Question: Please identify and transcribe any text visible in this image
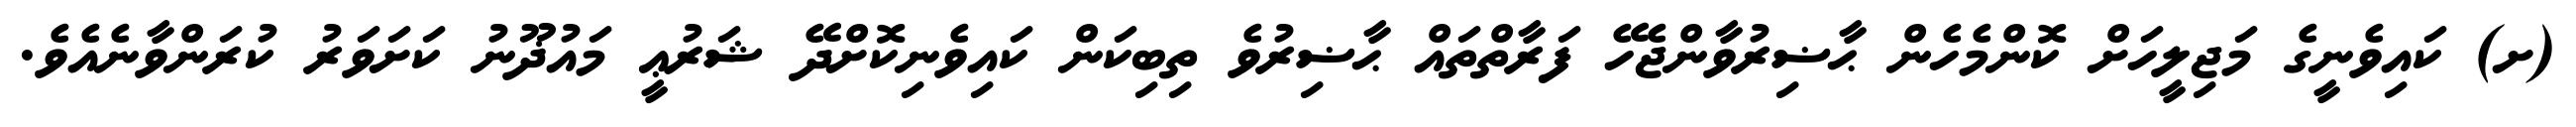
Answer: (ށ) ކައިވެނީގެ މަޖިލީހަށް ކޮންމެހެން ޙާޟިރުވާންޖެހޭ ފަރާތްތައް ޙާޟިރުވެ ތިބިކަން ކައިވެނިކޮށްދޭ ޝަރުޢީ މައުޛޫނު ކަށަވަރު ކުރަންވާނެއެވެ.